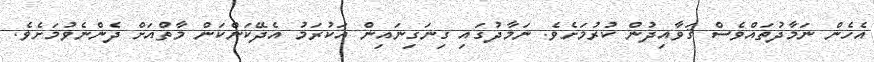
އެހެން ނަމާދުތައްވެސް ޤަވާއިދުން ކުރުމަށެވެ. ނަމާދުގައި ގިނަގިނައިން އަކުރަމު އެދޭކަންކަން މާތްއަށް ދެންނެވުމަށެވެ.